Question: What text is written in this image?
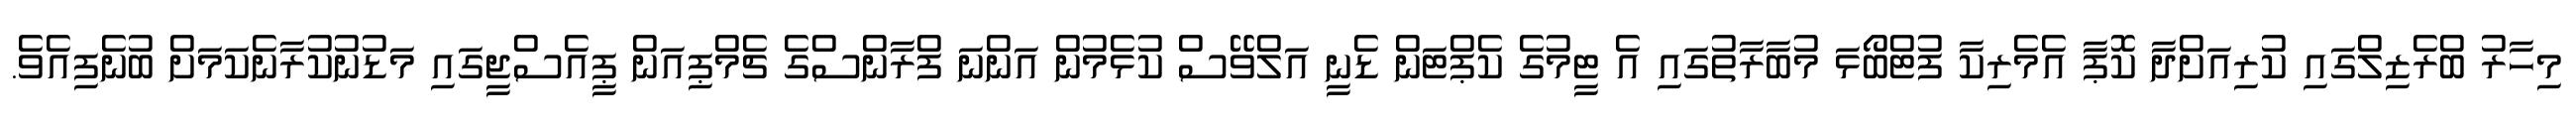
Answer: މިހާރު ބްރެޒިލްގައި ކުރިއަށްދާ ކޮޕާ އެމެރިކާ ފުޓްބޯޅަ މުބާރާތުގައި އެ ޓީމުގެ ކެޕްޓަން ޑެނީ އަލްވޭސް ކުޅެމުން އަންނަ ފްރާންސްގެ ޗެމްޕިއަން ޕީއެސްޖީގައި މަޑުނުކުރާނެކަމަށް ބުނެފިއެވެ.